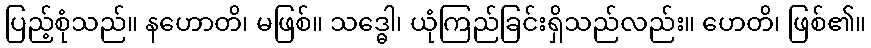
ပြည့်စုံသည်။ နဟောတိ၊ မဖြစ်။ သဒ္ဓေါ၊ ယုံကြည်ခြင်းရှိသည်လည်း။ ဟေတိ၊ ဖြစ်၏။